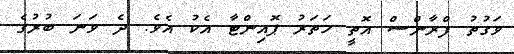
ވަގުތު ފްރާންސް އޮތީ ހަތަރު ޕޮއިންޓާ އެކު އެވެ. ދެ ވަނަ ބުރުގެ